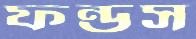
ফন্ডস